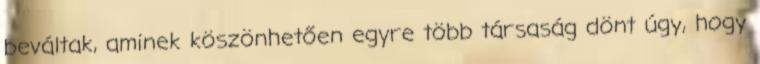
beváltak, aminek köszönhetően egyre több társaság dönt úgy, hogy